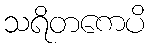
သရိတကေပိ